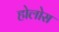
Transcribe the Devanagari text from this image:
होलोस